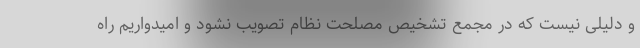
و دلیلی نیست که در مجمع تشخیص مصلحت نظام تصویب نشود و امیدواریم راه